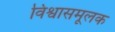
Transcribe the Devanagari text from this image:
विश्वासमूलक